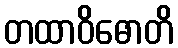
တထာဝိဓောတိ